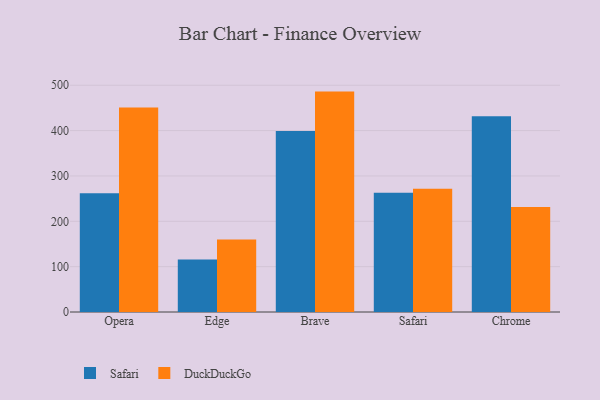
{"axis": {"x": "Browser", "y": "Energy Usage (MWh)"}, "legend": ["DuckDuckGo", "Safari"], "data": [{"x": "Opera", "y": 262.0, "type": "Safari"}, {"x": "Opera", "y": 450.9, "type": "DuckDuckGo"}, {"x": "Edge", "y": 115.9, "type": "Safari"}, {"x": "Edge", "y": 159.6, "type": "DuckDuckGo"}, {"x": "Brave", "y": 399.3, "type": "Safari"}, {"x": "Brave", "y": 486.0, "type": "DuckDuckGo"}, {"x": "Safari", "y": 262.9, "type": "Safari"}, {"x": "Safari", "y": 271.6, "type": "DuckDuckGo"}, {"x": "Chrome", "y": 431.7, "type": "Safari"}, {"x": "Chrome", "y": 231.6, "type": "DuckDuckGo"}]}